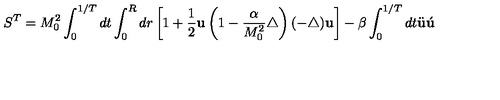
S ^ { T } = M _ { 0 } ^ { 2 } \int _ { 0 } ^ { 1 / T } d t \int _ { 0 } ^ { R } d r \left[ 1 + \frac { 1 } { 2 } { \bf u } \left( 1 - \frac { \alpha } { M _ { 0 } ^ { 2 } } \triangle \right) ( - \triangle ) { \bf u } \right] - \beta \int _ { 0 } ^ { 1 / T } d t \ddot { \bf u } \acute { \bf u }